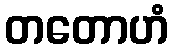
တတောဟံ